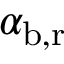
\alpha _ { \mathrm { b , r } }